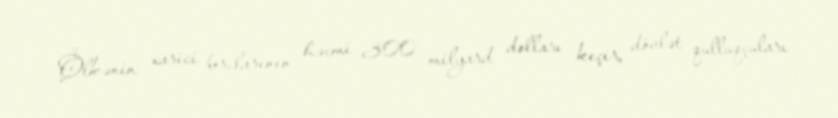
Ölkənin xarici borclarının həcmi 300 milyard dolları keçir, dövlət qulluqçuları